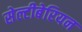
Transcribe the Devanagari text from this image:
सेल्टीबेरियन